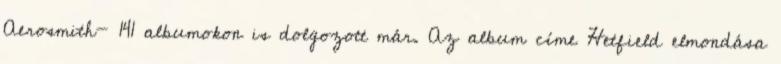
Aerosmith- 141 albumokon is dolgozott már. Az album címe Hetfield elmondása